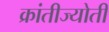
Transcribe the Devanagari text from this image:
क्रांतीज्योती